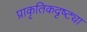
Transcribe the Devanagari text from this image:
प्राकृतिकदृष्ट्या